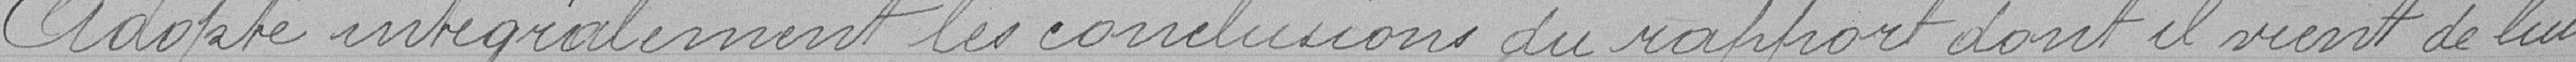
Adopte intégralement les conclusions du rapport dont il vient de lui